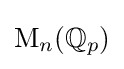
{\text{M}}_{n}(\mathbb {Q} _{p})